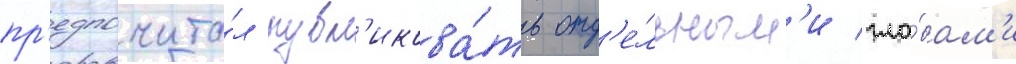
пр'едпочита́л публ'икова́ть отд'е́льным'и гла́вам'и